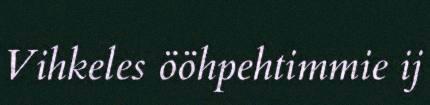
Vihkeles ööhpehtimmie ij